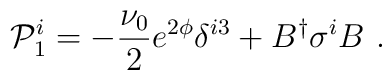
{\cal P}^i_1 = -\frac{\nu_0}{2} e^{2\phi} \delta^{i3}  + B^\dagger\sigma^i B\ .